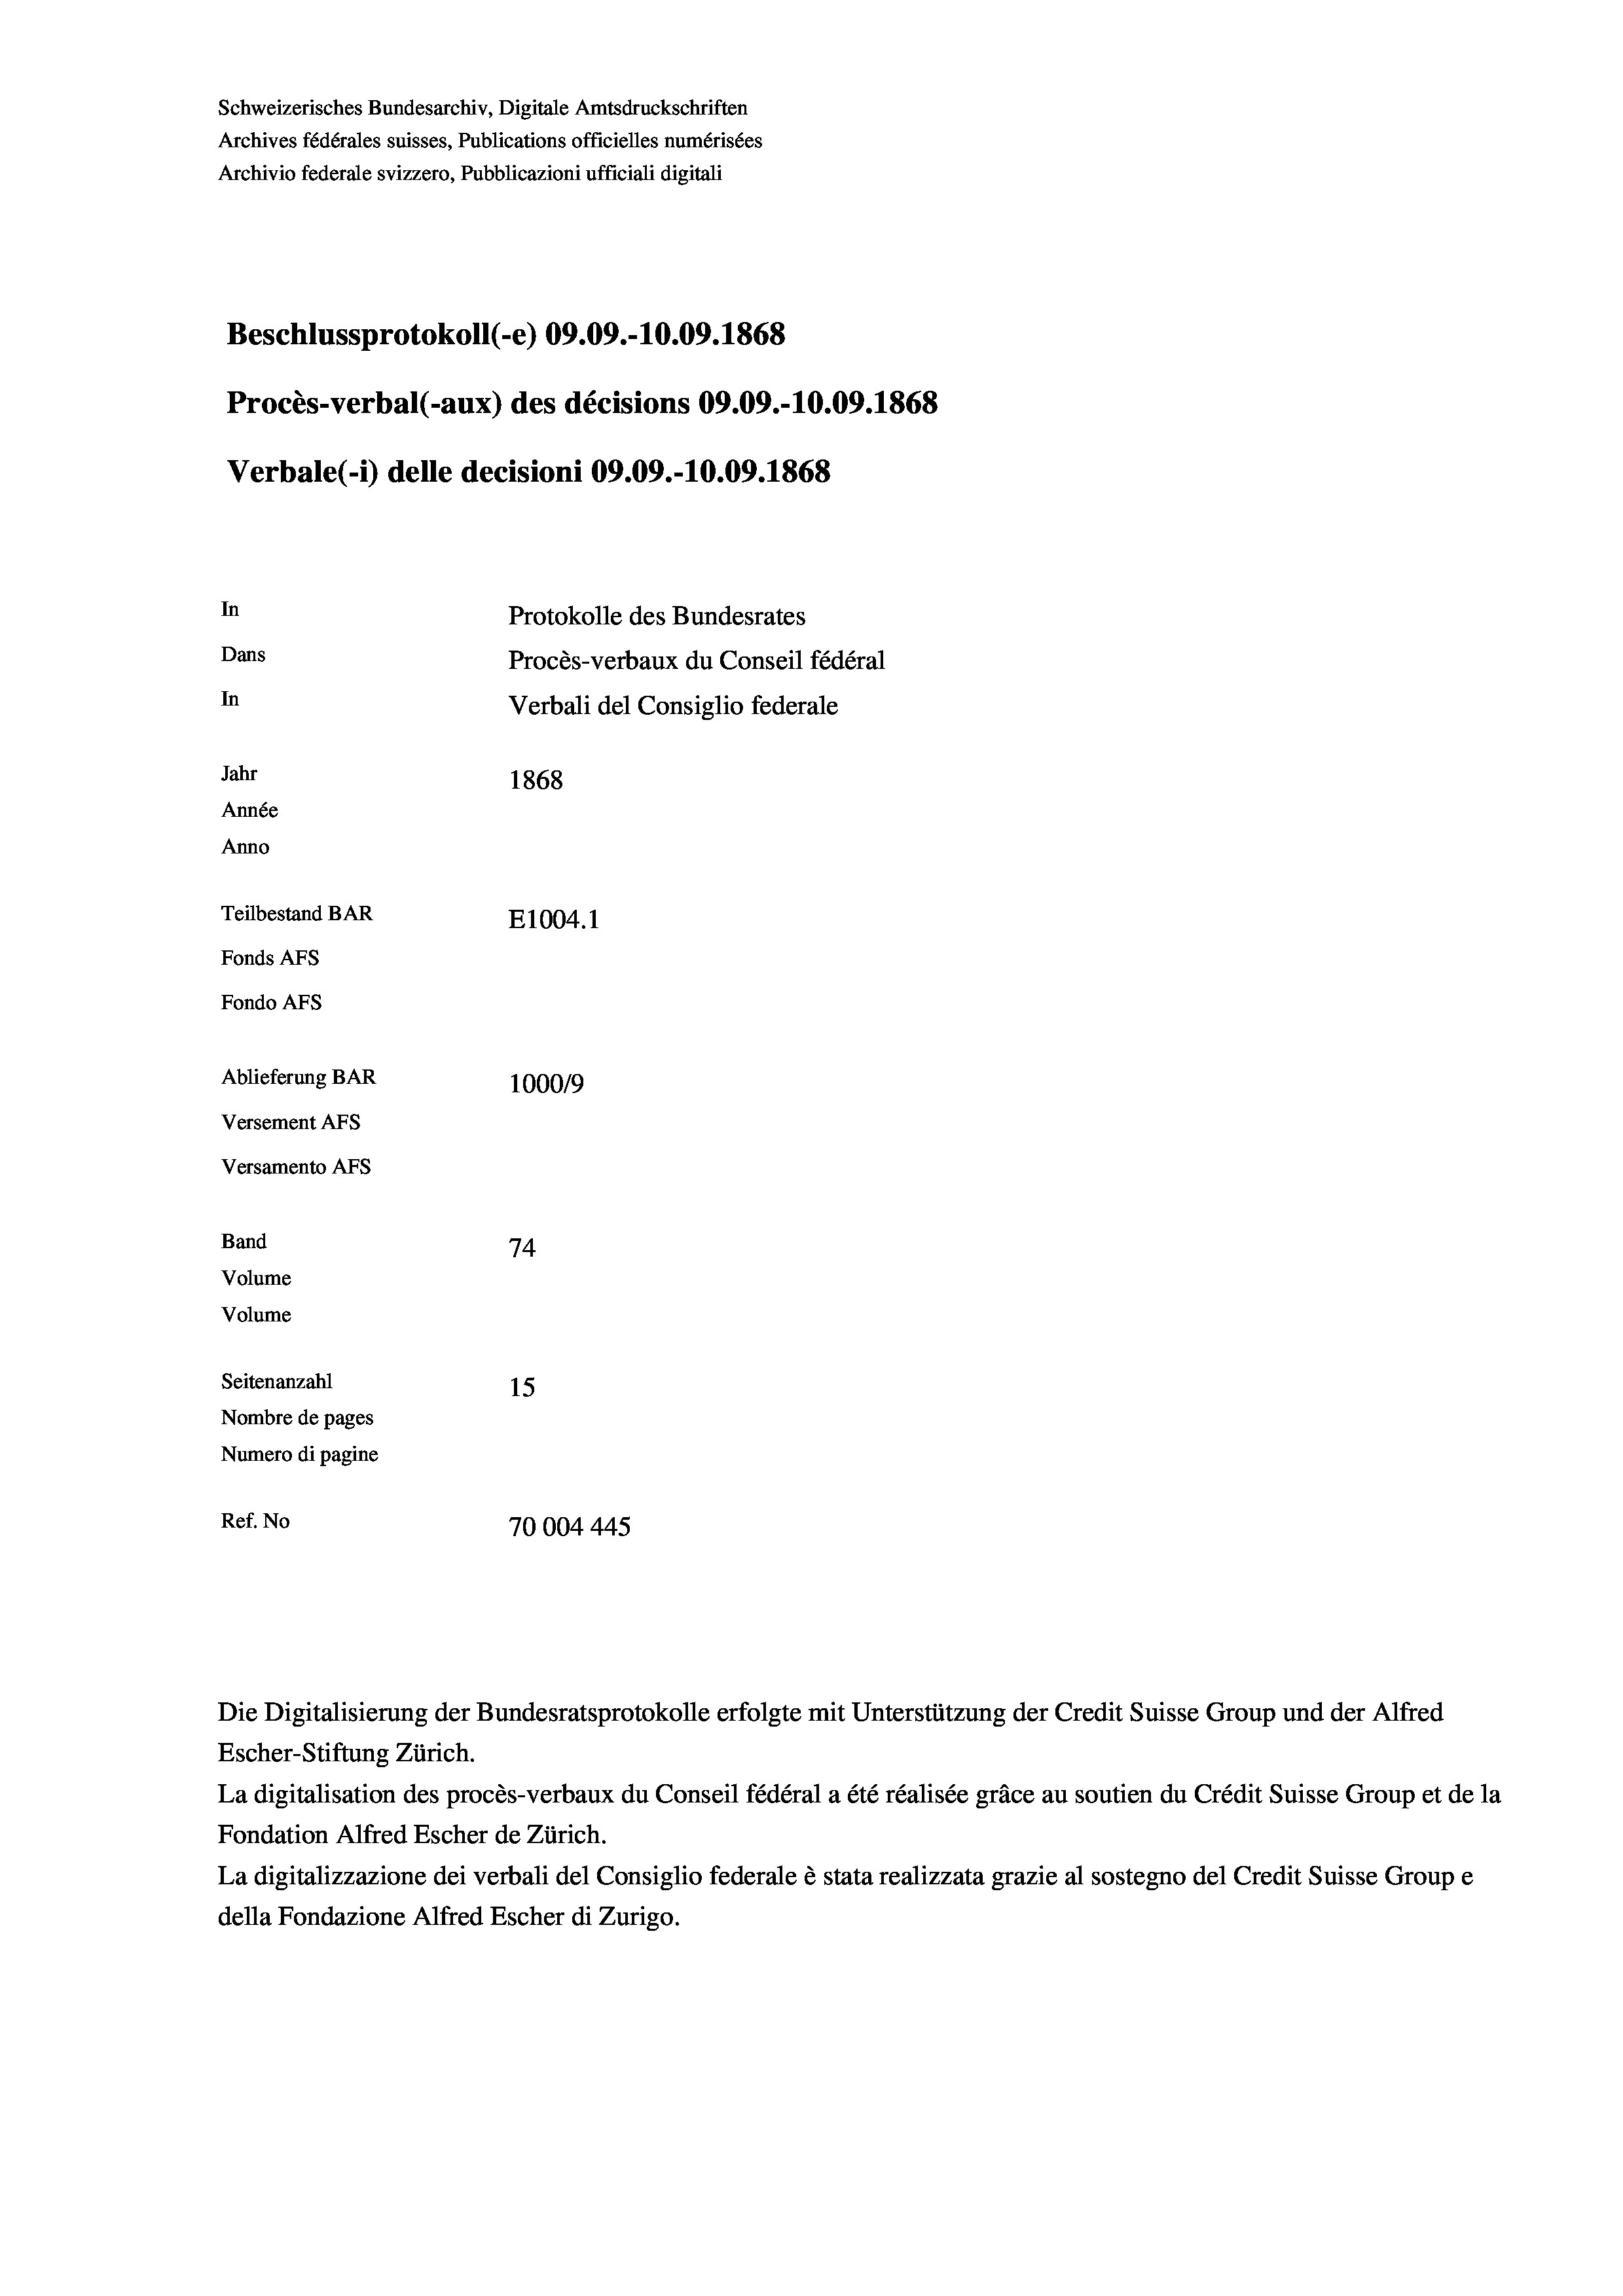
Schweizerisches Bundesarchiv, Digitale Amtsdruckschriften
Archives fédérales suisses, Publications officielles numérisées
Archivio federale svizzero, Pubblicazioni ufficiali digitali
Beschlussprotokoll (-e) 09.09.-10.09. 1868
Procès-verbal (-aux) des décisions 09.09.-10.09. 1868
Verbale(*) delle decisioni 09.09.-10.09. 1868
In
Protokolle des Bundesrates
Dans
Procès-verbaux du Conseil fédéral
In
Verbali del Consiglio federale
Jahr
1868
Année
Anno
Teilbestand BAR
E1004. 1
Fonds AFs
Fondo AFS
Ablieferung BAR
100019
Versement AFs
Versamento AFs
Band
74

Volume
Volume
Seitenanzahl
15
Nombre de pages
Numero di pagine
Ref. No
70004 445

Die Digitalisierung der Bundesratsprotokolle erfolgte mit Unterstützung der Credit Suisse Group und der Alfred
Escher-Stiftung Zürich.
La digitalisation des procès-verbaux du Conseil fédéral a été réalisée gräce au soutien du Crédit Suisse Group et de la
Fondation Alfred Escher de Zürich.
La digitalizzazione dei verbali del Consiglio federale è stata realizzata grazie al sostegno del Credit Suisse Groupe
della Fondazione Alfred Escher di Zurigo.